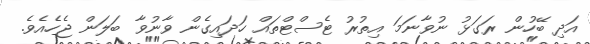
އަދި ބޭހުން ރަގަޅު ނުވާނަމަ އިތުރު ޓެސްޓްތައް ހަދައިގެން ވާނުވާ ބަލަން ޖެހެއެވެ.